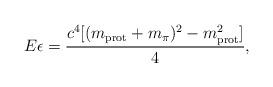
LaTeX: \begin{align*}E\epsilon=\frac{c^4[(m_{\rm prot}+m_\pi)^2-m^2_{\rm prot}]}{4},\end{align*}